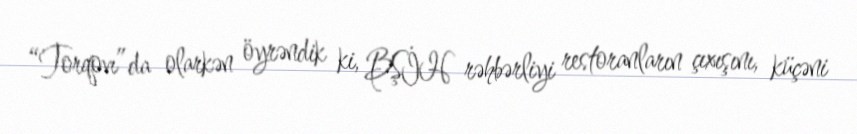
“Torqovı”da olarkən öyrəndik ki, BŞİH rəhbərliyi restoranların çıxışını, küçəni